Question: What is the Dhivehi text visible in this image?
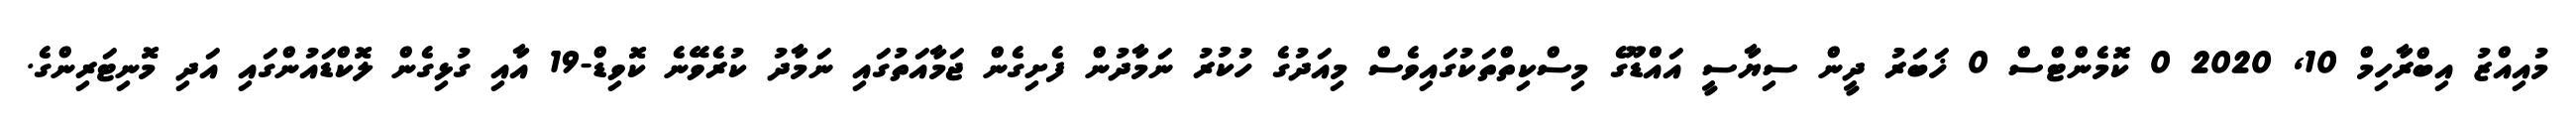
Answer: މުއިއްޒު އިބްރާހިމް 10, 2020 0 ކޮމެންޓްސް 0 ޚަބަރު ދީން ސިޔާސީ އައްޑޫގެ މިސްކިތްތަކުގައިވެސް މިއަދުގެ ހުކުރު ނަމާދުން ފެށިގެން ޖަމާއަތުގައި ނަމާދު ކުރެވޭނެ ކޮވިޑް-19 އާއި ގުޅިގެން ލޮކްޑައުންގައި އަދި މޮނިޓަރިންގެ.